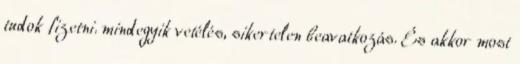
tudok fizetni. mindegyik vetélés, sikertelen beavatkozás. És akkor most